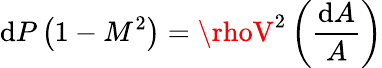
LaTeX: \mathrm{d}P\left(1-M^{2}\right)=\rhoV^{2}\left({\frac{{\mathrm{d}A}}{{A}}}\right)